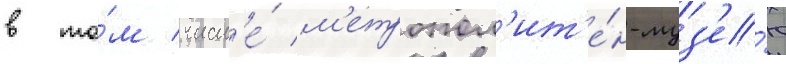
в то́м числ'е́ м'етропол'ит'е́н-муз'е́ю